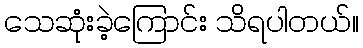
သေဆုံးခဲ့ကြောင်း သိရပါတယ်။